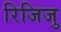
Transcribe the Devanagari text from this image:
रिजिजु